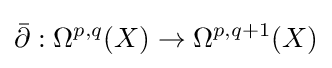
{\bar {\partial }}:\Omega ^{p,q}(X)\to \Omega ^{p,q+1}(X)